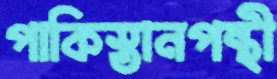
পাকিস্তানপন্থী